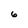
Character: 6